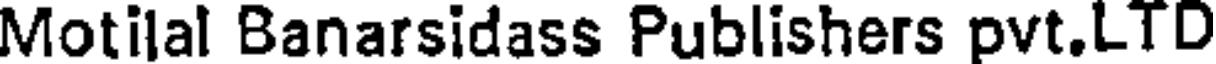
Motilal Banarsidass Publishers pvt.LTD